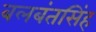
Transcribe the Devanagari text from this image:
बलबंतसिंह